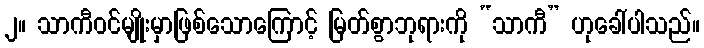
၂။ သာကီဝင်မျိုးမှာဖြစ်သောကြောင့် မြတ်စွာဘုရားကို “သာကီ” ဟုခေါ်ပါသည်။